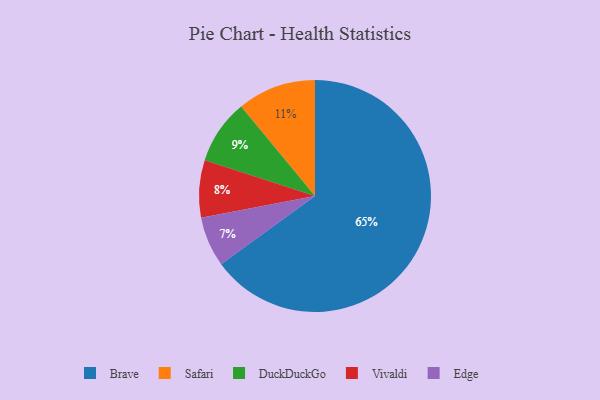
{"axis": {"x": "Category", "y": "Percentage"}, "legend": ["Brave", "DuckDuckGo", "Edge", "Safari", "Vivaldi"], "data": [{"x": "Vivaldi", "y": 8, "type": "Vivaldi"}, {"x": "DuckDuckGo", "y": 9, "type": "DuckDuckGo"}, {"x": "Edge", "y": 7, "type": "Edge"}, {"x": "Brave", "y": 65, "type": "Brave"}, {"x": "Safari", "y": 11, "type": "Safari"}]}